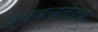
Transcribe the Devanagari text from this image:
व्यवच्देदक